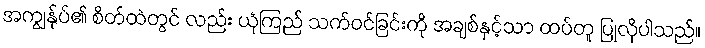
အကျွန်ုပ်၏ စိတ်ထဲတွင် လည်း ယုံကြည် သက်ဝင်ခြင်းကို အချစ်နှင့်သာ ထပ်တူ ပြုလိုပါသည်။